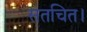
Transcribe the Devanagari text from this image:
सतचित।